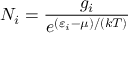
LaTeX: N _ { i } = { \frac { g _ { i } } { e ^ { ( \varepsilon _ { i } - \mu ) / ( k T ) } } }